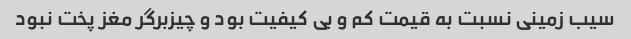
سیب زمینی نسبت به قیمت کم و بی کیفیت بود و چیزبرگر مغز پخت نبود